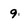
Character: 9